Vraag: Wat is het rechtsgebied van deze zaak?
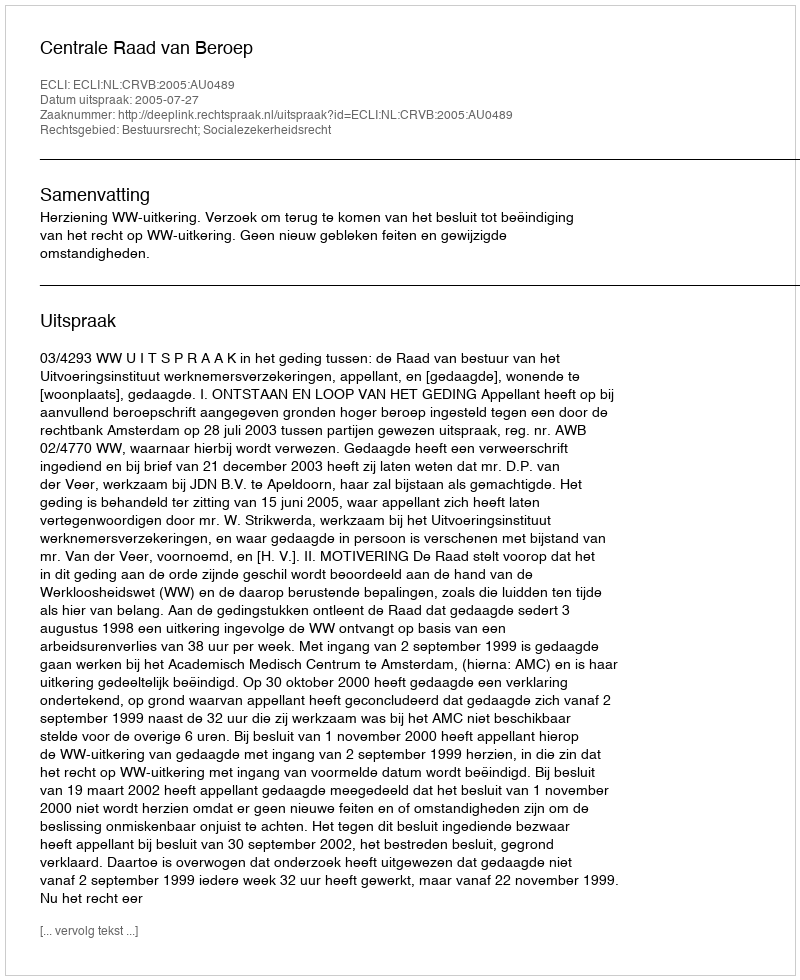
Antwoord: Bestuursrecht; Socialezekerheidsrecht